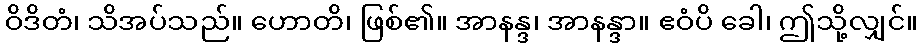
ဝိဒိတံ၊ သိအပ်သည်။ ဟောတိ၊ ဖြစ်၏။ အာနန္ဒ၊ အာနန္ဒာ။ ဧဝံပိ ခေါ၊ ဤသို့လျှင်။